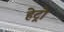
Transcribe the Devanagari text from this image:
हेट्रो